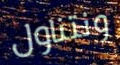
ونتناول